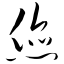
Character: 您